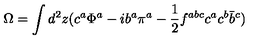
\Omega = \int d ^ { 2 } z ( c ^ { a } \Phi ^ { a } - i b ^ { a } \pi ^ { a } - \frac { 1 } { 2 } f ^ { a b c } c ^ { a } c ^ { b } \bar { b } ^ { c } )